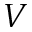
V